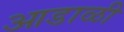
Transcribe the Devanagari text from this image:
आडाळी